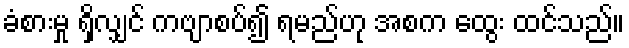
ခံစားမှု ရှိလျှင် ကဗျာစပ်၍ ရမည်ဟု အစက ထွေး ထင်သည်။